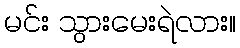
မင်း သွားမေးရဲလား။